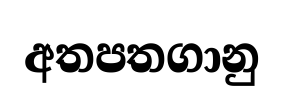
අතපතගානු